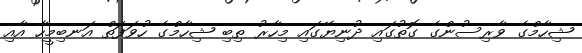
ޝިހާމްގެ ވާރިސުންގެ ގޮތުގައި ދުނިޔޭގައި މިހާރު ތިބި ޝިހާމްގެ ހުވަފަތް އަނބިމީހާ އާއި